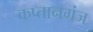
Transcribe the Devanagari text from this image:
कप्‍तानगंज